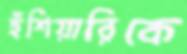
হুঁশিয়ারিকে